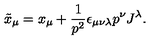
\tilde { x } _ { \mu } = x _ { \mu } + \frac { 1 } { p ^ { 2 } } \epsilon _ { \mu \nu \lambda } p ^ { \nu } J ^ { \lambda } .